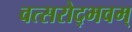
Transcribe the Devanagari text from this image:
वत्सरोद्भवम्